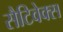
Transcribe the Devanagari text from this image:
सैटिवेक्स